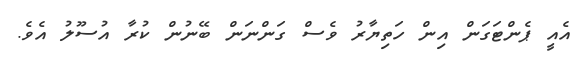
އެއީ ޕެންޓަގަން އިން ހަތިޔާރު ވެސް ގަންނަން ބޭނުން ކުރާ އުސޫލު އެވެ.